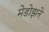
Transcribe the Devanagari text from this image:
मेडोझने